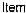
ITEM